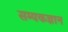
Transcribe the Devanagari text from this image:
सम्यकज्ञान